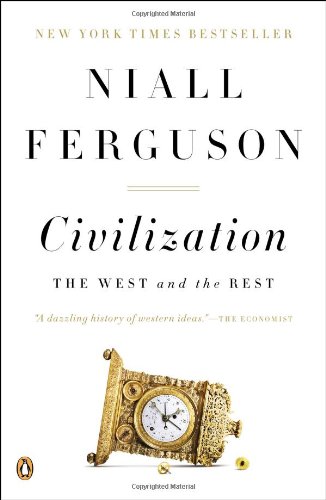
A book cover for Civilization: The West and the Rest; Niall Ferguson; History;